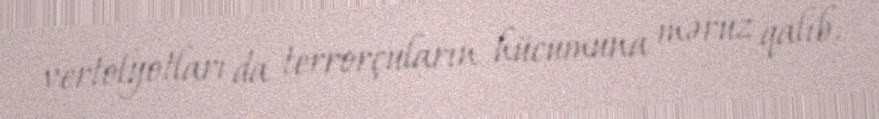
vertolyotları da terrorçuların hücumuna məruz qalıb.